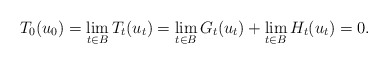
\begin{align*}T_0(u_0)= \lim_{t \in B} T_t(u_t)= \lim_{t \in B} G_t(u_t)+ \lim_{t \in B} H_t(u_t)=0.\end{align*}